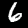
Label: 6